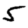
Digit: 5